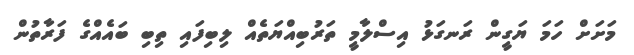
މަށަށް ހަމަ ޔަގީން ރަނގަޅު އިސްލާމީ ތަރުބިއްޔަތެއް ލިބިފައި ތިބި ބައެއްގެ ފަރާތުން